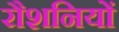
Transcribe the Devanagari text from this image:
रौशनियों